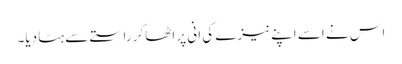
اس نے اسے اپنے نیزے کی انی پر اٹھاکر راستے سے ہٹا دیا۔